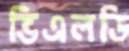
ভিএলডি